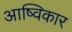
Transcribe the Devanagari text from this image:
आष्विकार